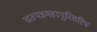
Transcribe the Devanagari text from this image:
चउपन्नमहापुरिसरियं